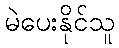
မဲပေးနိုင်သူ